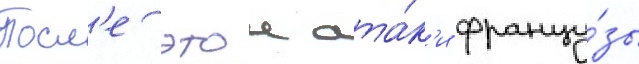
Посл'е этои ата́к'и францу́зы